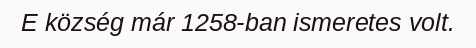
E község már 1258-ban ismeretes volt.